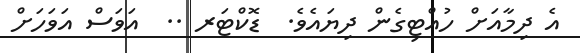
އެ ދިމާއަށް ހުއްޓިގެން ދިޔައެވެ.  ޑޮކްޓަރ ..  އަވަސް އަވަހަށް